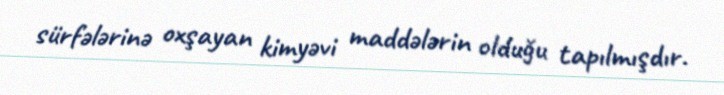
sürfələrinə oxşayan kimyəvi maddələrin olduğu tapılmışdır.